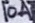
Text: 10A